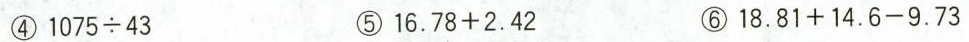
④ $$1 0 7 5 \div 4 3$$ ⑤ $$1 6 . 7 8 +2 . 4 2$$ ⑥ $$1 8 . 8 1+1 4 . 6 - 9 . 7 3$$